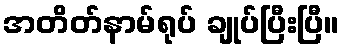
အတိတ်နာမ်ရုပ် ချုပ်ပြီးပြီ။